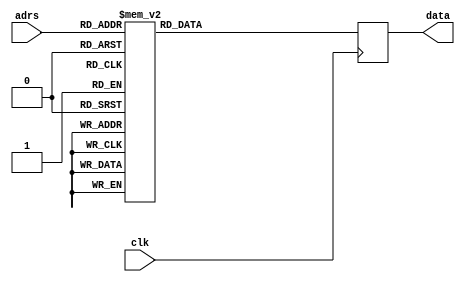
`timescale 1ns / 1ps
//////////////////////////////////////////////////////////////////////////////////
// Company: 
// Engineer: 
// 
// Design Name: 
// Module Name: Prog_ROM
// Project Name: 
// Target Devices: 
// Tool Versions: 
// Description: 
// 
// Dependencies: 
// 
// Revision:
// Revision 0.01 - File Created
// Additional Comments:
// 
//////////////////////////////////////////////////////////////////////////////////


module Prog_ROM(clk, adrs, data);
    input         clk;
    input   [8:0] adrs;
    output [11:0] data;
//
    reg    [11:0] data;
//
   always @(posedge clk)
    	case (adrs)
			9'h000: data <= 12'h1E2;
			9'h001: data <= 12'h801;
			9'h002: data <= 12'h802;
			9'h003: data <= 12'h804;
			9'h004: data <= 12'h808;
			9'h005: data <= 12'h1E2;
			9'h006: data <= 12'h8FC;
			9'h007: data <= 12'h860;
			9'h008: data <= 12'h8DA;
			9'h009: data <= 12'h8F2;
			9'h00A: data <= 12'h866;
			9'h00B: data <= 12'h8B6;
			9'h00C: data <= 12'h8BE;
			9'h00D: data <= 12'h8E0;
			9'h00E: data <= 12'h8FE;
			9'h00F: data <= 12'h8F6;
			9'h010: data <= 12'h8F6;
			9'h011: data <= 12'h8F6;
			9'h012: data <= 12'h8F6;
			9'h013: data <= 12'h8F6;
			9'h014: data <= 12'h8F6;
			9'h015: data <= 12'h8F6;
			9'h016: data <= 12'h1E2;
			9'h017: data <= 12'h80D;
			9'h018: data <= 12'h80A;
			9'h019: data <= 12'h80A;
			9'h01A: data <= 12'h855;
			9'h01B: data <= 12'h853;
			9'h01C: data <= 12'h854;
			9'h01D: data <= 12'h843;
			9'h01E: data <= 12'h837;
			9'h01F: data <= 12'h837;
			9'h020: data <= 12'h836;
			9'h021: data <= 12'h831;
			9'h022: data <= 12'h80D;
			9'h023: data <= 12'h80A;
			9'h024: data <= 12'h80A;
			9'h025: data <= 12'h605;
			9'h026: data <= 12'hA25;
			9'h027: data <= 12'h026;
			9'h028: data <= 12'hC08;
			9'h029: data <= 12'h025;
			9'h02A: data <= 12'hC00;
			9'h02B: data <= 12'h025;
			9'h02C: data <= 12'h800;
			9'h02D: data <= 12'hC0F;
			9'h02E: data <= 12'h024;
			9'h02F: data <= 12'hC06;
			9'h030: data <= 12'h944;
			9'h031: data <= 12'hD00;
			9'h032: data <= 12'h643;
			9'h033: data <= 12'h800;
			9'h034: data <= 12'h2A4;
			9'h035: data <= 12'hC0A;
			9'h036: data <= 12'h944;
			9'h037: data <= 12'hD00;
			9'h038: data <= 12'h643;
			9'h039: data <= 12'h800;
			9'h03A: data <= 12'h2A4;
			9'h03B: data <= 12'hC06;
			9'h03C: data <= 12'h944;
			9'h03D: data <= 12'hD00;
			9'h03E: data <= 12'h643;
			9'h03F: data <= 12'h800;
			9'h040: data <= 12'h2A4;
			9'h041: data <= 12'hC0A;
			9'h042: data <= 12'h944;
			9'h043: data <= 12'h800;
			9'h044: data <= 12'h2A0;
			9'h045: data <= 12'h1C0;
			9'h046: data <= 12'h723;
			9'h047: data <= 12'h800;
			9'h048: data <= 12'h060;
			9'h049: data <= 12'h801;
			9'h04A: data <= 12'h1E2;
			9'h04B: data <= 12'hB4B;
			9'h04C: data <= 12'hB4B;
			9'h04D: data <= 12'hB4B;
			9'h04E: data <= 12'hB50;
			9'h04F: data <= 12'hB5A;
			9'h050: data <= 12'hB77;
			9'h051: data <= 12'hB77;
			9'h052: data <= 12'hB77;
			9'h053: data <= 12'hB77;
			9'h054: data <= 12'hB84;
			9'h055: data <= 12'hB72;
			9'h056: data <= 12'hC30;
			9'h057: data <= 12'h096;
			9'h058: data <= 12'h02F;
			9'h059: data <= 12'hC30;
			9'h05A: data <= 12'h095;
			9'h05B: data <= 12'h030;
			9'h05C: data <= 12'hC30;
			9'h05D: data <= 12'h094;
			9'h05E: data <= 12'h031;
			9'h05F: data <= 12'hC30;
			9'h060: data <= 12'h093;
			9'h061: data <= 12'h032;
			9'h062: data <= 12'h800;
			9'h063: data <= 12'h745;
			9'h064: data <= 12'hA6A;
			9'h065: data <= 12'h765;
			9'h066: data <= 12'hA65;
			9'h067: data <= 12'h665;
			9'h068: data <= 12'hA67;
			9'h069: data <= 12'h800;
			9'h06A: data <= 12'hC7F;
			9'h06B: data <= 12'h02A;
			9'h06C: data <= 12'hCFF;
			9'h06D: data <= 12'h029;
			9'h06E: data <= 12'h000;
			9'h06F: data <= 12'h000;
			9'h070: data <= 12'h000;
			9'h071: data <= 12'h000;
			9'h072: data <= 12'h000;
			9'h073: data <= 12'h000;
			9'h074: data <= 12'h000;
			9'h075: data <= 12'hCFF;
			9'h076: data <= 12'h028;
			9'h077: data <= 12'h000;
			9'h078: data <= 12'h2E8;
			9'h079: data <= 12'hA77;
			9'h07A: data <= 12'h2E9;
			9'h07B: data <= 12'hA6E;
			9'h07C: data <= 12'h2EA;
			9'h07D: data <= 12'hA6C;
			9'h07E: data <= 12'h800;
			9'h07F: data <= 12'h000;
			9'h080: data <= 12'h000;
			9'h081: data <= 12'h000;
			9'h082: data <= 12'h000;
			9'h083: data <= 12'h000;
			9'h084: data <= 12'h000;
			9'h085: data <= 12'h000;
			9'h086: data <= 12'h000;
			9'h087: data <= 12'h000;
			9'h088: data <= 12'h000;
			9'h089: data <= 12'h000;
			9'h08A: data <= 12'h000;
			9'h08B: data <= 12'h000;
			9'h08C: data <= 12'h000;
			9'h08D: data <= 12'h000;
			9'h08E: data <= 12'h000;
			9'h08F: data <= 12'h000;
			9'h090: data <= 12'h000;
			9'h091: data <= 12'h000;
			9'h092: data <= 12'h000;
			9'h093: data <= 12'h000;
			9'h094: data <= 12'h000;
			9'h095: data <= 12'h000;
			9'h096: data <= 12'h000;
			9'h097: data <= 12'h000;
			9'h098: data <= 12'h000;
			9'h099: data <= 12'h000;
			9'h09A: data <= 12'h000;
			9'h09B: data <= 12'h000;
			9'h09C: data <= 12'h000;
			9'h09D: data <= 12'h000;
			9'h09E: data <= 12'h000;
			9'h09F: data <= 12'h000;
			9'h0A0: data <= 12'h000;
			9'h0A1: data <= 12'h000;
			9'h0A2: data <= 12'h000;
			9'h0A3: data <= 12'h000;
			9'h0A4: data <= 12'h000;
			9'h0A5: data <= 12'h000;
			9'h0A6: data <= 12'h000;
			9'h0A7: data <= 12'h000;
			9'h0A8: data <= 12'h000;
			9'h0A9: data <= 12'h000;
			9'h0AA: data <= 12'h000;
			9'h0AB: data <= 12'h000;
			9'h0AC: data <= 12'h000;
			9'h0AD: data <= 12'h000;
			9'h0AE: data <= 12'h000;
			9'h0AF: data <= 12'h000;
			9'h0B0: data <= 12'h000;
			9'h0B1: data <= 12'h000;
			9'h0B2: data <= 12'h000;
			9'h0B3: data <= 12'h000;
			9'h0B4: data <= 12'h000;
			9'h0B5: data <= 12'h000;
			9'h0B6: data <= 12'h000;
			9'h0B7: data <= 12'h000;
			9'h0B8: data <= 12'h000;
			9'h0B9: data <= 12'h000;
			9'h0BA: data <= 12'h000;
			9'h0BB: data <= 12'h000;
			9'h0BC: data <= 12'h000;
			9'h0BD: data <= 12'h000;
			9'h0BE: data <= 12'h000;
			9'h0BF: data <= 12'h000;
			9'h0C0: data <= 12'h000;
			9'h0C1: data <= 12'h000;
			9'h0C2: data <= 12'h000;
			9'h0C3: data <= 12'h000;
			9'h0C4: data <= 12'h000;
			9'h0C5: data <= 12'h000;
			9'h0C6: data <= 12'h000;
			9'h0C7: data <= 12'h000;
			9'h0C8: data <= 12'h000;
			9'h0C9: data <= 12'h000;
			9'h0CA: data <= 12'h000;
			9'h0CB: data <= 12'h000;
			9'h0CC: data <= 12'h000;
			9'h0CD: data <= 12'h000;
			9'h0CE: data <= 12'h000;
			9'h0CF: data <= 12'h000;
			9'h0D0: data <= 12'h000;
			9'h0D1: data <= 12'h000;
			9'h0D2: data <= 12'h000;
			9'h0D3: data <= 12'h000;
			9'h0D4: data <= 12'h000;
			9'h0D5: data <= 12'h000;
			9'h0D6: data <= 12'h000;
			9'h0D7: data <= 12'h000;
			9'h0D8: data <= 12'h000;
			9'h0D9: data <= 12'h000;
			9'h0DA: data <= 12'h000;
			9'h0DB: data <= 12'h000;
			9'h0DC: data <= 12'h000;
			9'h0DD: data <= 12'h000;
			9'h0DE: data <= 12'h000;
			9'h0DF: data <= 12'h000;
			9'h0E0: data <= 12'h000;
			9'h0E1: data <= 12'h000;
			9'h0E2: data <= 12'h000;
			9'h0E3: data <= 12'h000;
			9'h0E4: data <= 12'h000;
			9'h0E5: data <= 12'h000;
			9'h0E6: data <= 12'h000;
			9'h0E7: data <= 12'h000;
			9'h0E8: data <= 12'h000;
			9'h0E9: data <= 12'h000;
			9'h0EA: data <= 12'h000;
			9'h0EB: data <= 12'h000;
			9'h0EC: data <= 12'h000;
			9'h0ED: data <= 12'h000;
			9'h0EE: data <= 12'h000;
			9'h0EF: data <= 12'h000;
			9'h0F0: data <= 12'h000;
			9'h0F1: data <= 12'h000;
			9'h0F2: data <= 12'h000;
			9'h0F3: data <= 12'h000;
			9'h0F4: data <= 12'h000;
			9'h0F5: data <= 12'h000;
			9'h0F6: data <= 12'h000;
			9'h0F7: data <= 12'h000;
			9'h0F8: data <= 12'h000;
			9'h0F9: data <= 12'h000;
			9'h0FA: data <= 12'h000;
			9'h0FB: data <= 12'h000;
			9'h0FC: data <= 12'h000;
			9'h0FD: data <= 12'h000;
			9'h0FE: data <= 12'h000;
			9'h0FF: data <= 12'h000;
			9'h100: data <= 12'hC05;
			9'h101: data <= 12'h024;
			9'h102: data <= 12'h060;
			9'h103: data <= 12'h2A4;
			9'h104: data <= 12'h784;
			9'h105: data <= 12'hB02;
			9'h106: data <= 12'h060;
			9'h107: data <= 12'h2A4;
			9'h108: data <= 12'h684;
			9'h109: data <= 12'hB06;
			9'h10A: data <= 12'h207;
			9'h10B: data <= 12'h916;
			9'h10C: data <= 12'h925;
			9'h10D: data <= 12'h2A7;
			9'h10E: data <= 12'hC0E;
			9'h10F: data <= 12'h087;
			9'h110: data <= 12'h703;
			9'h111: data <= 12'hB0A;
			9'h112: data <= 12'h963;
			9'h113: data <= 12'hC20;
			9'h114: data <= 12'h027;
			9'h115: data <= 12'h207;
			9'h116: data <= 12'h925;
			9'h117: data <= 12'h2A7;
			9'h118: data <= 12'hC7F;
			9'h119: data <= 12'h087;
			9'h11A: data <= 12'h743;
			9'h11B: data <= 12'hB15;
			9'h11C: data <= 12'h201;
			9'h11D: data <= 12'h08D;
			9'h11E: data <= 12'h643;
			9'h11F: data <= 12'hB35;
			9'h120: data <= 12'hCFA;
			9'h121: data <= 12'h081;
			9'h122: data <= 12'h643;
			9'h123: data <= 12'h021;
			9'h124: data <= 12'h201;
			9'h125: data <= 12'h02D;
			9'h126: data <= 12'h643;
			9'h127: data <= 12'h92D;
			9'h128: data <= 12'h2AE;
			9'h129: data <= 12'h20E;
			9'h12A: data <= 12'hE03;
			9'h12B: data <= 12'h02C;
			9'h12C: data <= 12'h900;
			9'h12D: data <= 12'h005;
			9'h12E: data <= 12'hC0F;
			9'h12F: data <= 12'h1CC;
			9'h130: data <= 12'h024;
			9'h131: data <= 12'h200;
			9'h132: data <= 12'hE0F;
			9'h133: data <= 12'h905;
			9'h134: data <= 12'h006;
			9'h135: data <= 12'h725;
			9'h136: data <= 12'hB45;
			9'h137: data <= 12'hC04;
			9'h138: data <= 12'h025;
			9'h139: data <= 12'hC00;
			9'h13A: data <= 12'h025;
			9'h13B: data <= 12'h206;
			9'h13C: data <= 12'h02C;
			9'h13D: data <= 12'h925;
			9'h13E: data <= 12'hC0D;
			9'h13F: data <= 12'h08C;
			9'h140: data <= 12'hC0A;
			9'h141: data <= 12'h643;
			9'h142: data <= 12'h925;
			9'h143: data <= 12'h20B;
			9'h144: data <= 12'h94A;
			9'h145: data <= 12'h20B;
			9'h146: data <= 12'h002;
			9'h147: data <= 12'h000;
			9'h148: data <= 12'hB1C;
			9'h149: data <= 12'h000;
			9'h14A: data <= 12'hB4A;
			9'h14B: data <= 12'hC2B;
			9'h14C: data <= 12'h08C;
			9'h14D: data <= 12'h643;
			9'h14E: data <= 12'hB82;
			9'h14F: data <= 12'hB8D;
			9'h150: data <= 12'hC2B;
			9'h151: data <= 12'h08C;
			9'h152: data <= 12'h643;
			9'h153: data <= 12'h800;
			9'h154: data <= 12'hC0D;
			9'h155: data <= 12'h08C;
			9'h156: data <= 12'h743;
			9'h157: data <= 12'hB8D;
			9'h158: data <= 12'h2AB;
			9'h159: data <= 12'hB66;
			9'h15A: data <= 12'hC52;
			9'h15B: data <= 12'h08C;
			9'h15C: data <= 12'h643;
			9'h15D: data <= 12'hB6F;
			9'h15E: data <= 12'hC54;
			9'h15F: data <= 12'h08C;
			9'h160: data <= 12'h643;
			9'h161: data <= 12'hB82;
			9'h162: data <= 12'hC0D;
			9'h163: data <= 12'h08C;
			9'h164: data <= 12'h743;
			9'h165: data <= 12'hB89;
			9'h166: data <= 12'hC43;
			9'h167: data <= 12'h925;
			9'h168: data <= 12'hC4D;
			9'h169: data <= 12'h925;
			9'h16A: data <= 12'hC44;
			9'h16B: data <= 12'h925;
			9'h16C: data <= 12'hC3E;
			9'h16D: data <= 12'h925;
			9'h16E: data <= 12'h800;
			9'h16F: data <= 12'hC0A;
			9'h170: data <= 12'h02B;
			9'h171: data <= 12'h800;
			9'h172: data <= 12'h06F;
			9'h173: data <= 12'h070;
			9'h174: data <= 12'h071;
			9'h175: data <= 12'h072;
			9'h176: data <= 12'hB85;
			9'h177: data <= 12'hC0D;
			9'h178: data <= 12'h08C;
			9'h179: data <= 12'h743;
			9'h17A: data <= 12'hB7D;
			9'h17B: data <= 12'h956;
			9'h17C: data <= 12'hB8D;
			9'h17D: data <= 12'hC0E;
			9'h17E: data <= 12'h1CB;
			9'h17F: data <= 12'h024;
			9'h180: data <= 12'h20C;
			9'h181: data <= 12'h020;
			9'h182: data <= 12'h2AB;
			9'h183: data <= 12'h800;
			9'h184: data <= 12'h956;
			9'h185: data <= 12'hC0D;
			9'h186: data <= 12'h08C;
			9'h187: data <= 12'h643;
			9'h188: data <= 12'hB8D;
			9'h189: data <= 12'hC0D;
			9'h18A: data <= 12'h925;
			9'h18B: data <= 12'hC0A;
			9'h18C: data <= 12'h925;
			9'h18D: data <= 12'h06B;
			9'h18E: data <= 12'h800;
			9'h18F: data <= 12'h800;
			9'h190: data <= 12'h800;
			9'h191: data <= 12'h000;
			9'h192: data <= 12'h000;
			9'h193: data <= 12'h000;
			9'h194: data <= 12'h000;
			9'h195: data <= 12'h000;
			9'h196: data <= 12'h000;
			9'h197: data <= 12'h000;
			9'h198: data <= 12'h000;
			9'h199: data <= 12'h000;
			9'h19A: data <= 12'h000;
			9'h19B: data <= 12'h000;
			9'h19C: data <= 12'h000;
			9'h19D: data <= 12'h000;
			9'h19E: data <= 12'h000;
			9'h19F: data <= 12'h000;
			9'h1A0: data <= 12'h000;
			9'h1A1: data <= 12'h000;
			9'h1A2: data <= 12'h000;
			9'h1A3: data <= 12'h000;
			9'h1A4: data <= 12'h000;
			9'h1A5: data <= 12'h000;
			9'h1A6: data <= 12'h000;
			9'h1A7: data <= 12'h000;
			9'h1A8: data <= 12'h000;
			9'h1A9: data <= 12'h000;
			9'h1AA: data <= 12'h000;
			9'h1AB: data <= 12'h000;
			9'h1AC: data <= 12'h000;
			9'h1AD: data <= 12'h000;
			9'h1AE: data <= 12'h000;
			9'h1AF: data <= 12'h000;
			9'h1B0: data <= 12'h000;
			9'h1B1: data <= 12'h000;
			9'h1B2: data <= 12'h000;
			9'h1B3: data <= 12'h000;
			9'h1B4: data <= 12'h000;
			9'h1B5: data <= 12'h000;
			9'h1B6: data <= 12'h000;
			9'h1B7: data <= 12'h000;
			9'h1B8: data <= 12'h000;
			9'h1B9: data <= 12'h000;
			9'h1BA: data <= 12'h000;
			9'h1BB: data <= 12'h000;
			9'h1BC: data <= 12'h000;
			9'h1BD: data <= 12'h000;
			9'h1BE: data <= 12'h000;
			9'h1BF: data <= 12'h000;
			9'h1C0: data <= 12'h000;
			9'h1C1: data <= 12'h000;
			9'h1C2: data <= 12'h000;
			9'h1C3: data <= 12'h000;
			9'h1C4: data <= 12'h000;
			9'h1C5: data <= 12'h000;
			9'h1C6: data <= 12'h000;
			9'h1C7: data <= 12'h000;
			9'h1C8: data <= 12'h000;
			9'h1C9: data <= 12'h000;
			9'h1CA: data <= 12'h000;
			9'h1CB: data <= 12'h000;
			9'h1CC: data <= 12'h000;
			9'h1CD: data <= 12'h000;
			9'h1CE: data <= 12'h000;
			9'h1CF: data <= 12'h000;
			9'h1D0: data <= 12'h000;
			9'h1D1: data <= 12'h000;
			9'h1D2: data <= 12'h000;
			9'h1D3: data <= 12'h000;
			9'h1D4: data <= 12'h000;
			9'h1D5: data <= 12'h000;
			9'h1D6: data <= 12'h000;
			9'h1D7: data <= 12'h000;
			9'h1D8: data <= 12'h000;
			9'h1D9: data <= 12'h000;
			9'h1DA: data <= 12'h000;
			9'h1DB: data <= 12'h000;
			9'h1DC: data <= 12'h000;
			9'h1DD: data <= 12'h000;
			9'h1DE: data <= 12'h000;
			9'h1DF: data <= 12'h000;
			9'h1E0: data <= 12'h000;
			9'h1E1: data <= 12'h000;
			9'h1E2: data <= 12'h000;
			9'h1E3: data <= 12'h000;
			9'h1E4: data <= 12'h000;
			9'h1E5: data <= 12'h000;
			9'h1E6: data <= 12'h000;
			9'h1E7: data <= 12'h000;
			9'h1E8: data <= 12'h000;
			9'h1E9: data <= 12'h000;
			9'h1EA: data <= 12'h000;
			9'h1EB: data <= 12'h000;
			9'h1EC: data <= 12'h000;
			9'h1ED: data <= 12'h000;
			9'h1EE: data <= 12'h000;
			9'h1EF: data <= 12'h000;
			9'h1F0: data <= 12'h000;
			9'h1F1: data <= 12'h000;
			9'h1F2: data <= 12'h000;
			9'h1F3: data <= 12'h000;
			9'h1F4: data <= 12'h000;
			9'h1F5: data <= 12'h000;
			9'h1F6: data <= 12'h000;
			9'h1F7: data <= 12'h000;
			9'h1F8: data <= 12'h000;
			9'h1F9: data <= 12'h000;
			9'h1FA: data <= 12'h000;
			9'h1FB: data <= 12'h000;
			9'h1FC: data <= 12'h000;
			9'h1FD: data <= 12'h000;
			9'h1FE: data <= 12'h000;
			9'h1FF: data <= 12'hB00;
     endcase
endmodule